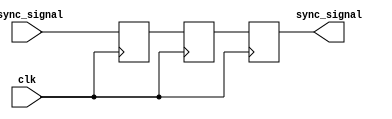
module triple_ff_synchronizer (
    input wire clk,            // Clock signal from the receiving clock domain
    input wire async_signal,   // Asynchronous input signal
    output reg sync_signal     // Synchronized output signal
);

    // Internal flip-flops
    reg ff1, ff2;

    // Always block triggered on the rising edge of the clock
    always @(posedge clk) begin
        ff1 <= async_signal;   // Sample async_signal into ff1
        ff2 <= ff1;            // Sample ff1 into ff2
        sync_signal <= ff2;    // Sample ff2 into sync_signal
    end

endmodule